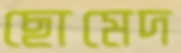
ছোমেদ